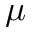
{ \mu }